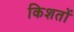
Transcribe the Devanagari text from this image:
किशतों